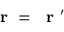
\mathrm { ~ \bf ~ r ~ } = \mathrm { ~ \bf ~ r ~ } ^ { \prime }